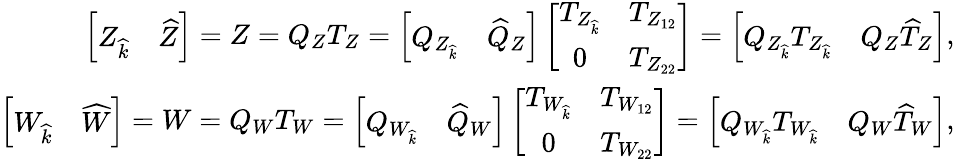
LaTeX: \begin{array}{r}{{\left[\begin{array}{ll}{Z_{\widehat{k}}}&{\widehat{Z}}\end{array}\right]=Z=Q_{Z}T_{Z}=\left[\begin{array}{ll}{Q_{Z_{\widehat{k}}}}&{\widehat{Q}_{Z}}\end{array}\right]\left[\begin{array}{cc}{T_{Z_{\widehat{k}}}}&{T_{Z_{12}}}\\ {0}&{T_{Z_{22}}}\end{array}\right]=\left[\begin{array}{ll}{Q_{Z_{\widehat{k}}}T_{Z_{\widehat{k}}}}&{Q_{Z}\widehat{T}_{Z}}\end{array}\right],}}\\ {{\left[\begin{array}{ll}{W_{\widehat{k}}}&{\widehat{W}}\end{array}\right]=W=Q_{W}T_{W}=\left[\begin{array}{ll}{Q_{W_{\widehat{k}}}}&{\widehat{Q}_{W}}\end{array}\right]\left[\begin{array}{cc}{T_{W_{\widehat{k}}}}&{T_{W_{12}}}\\ {0}&{T_{W_{22}}}\end{array}\right]=\left[\begin{array}{ll}{Q_{W_{\widehat{k}}}T_{W_{\widehat{k}}}}&{Q_{W}\widehat{T}_{W}}\end{array}\right],}}\end{array}